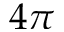
4 \pi